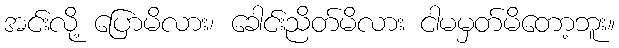
အင်းလို့ ပြောမိလား၊ ခေါင်းညိတ်မိလား ငါမမှတ်မိတော့ဘူး။